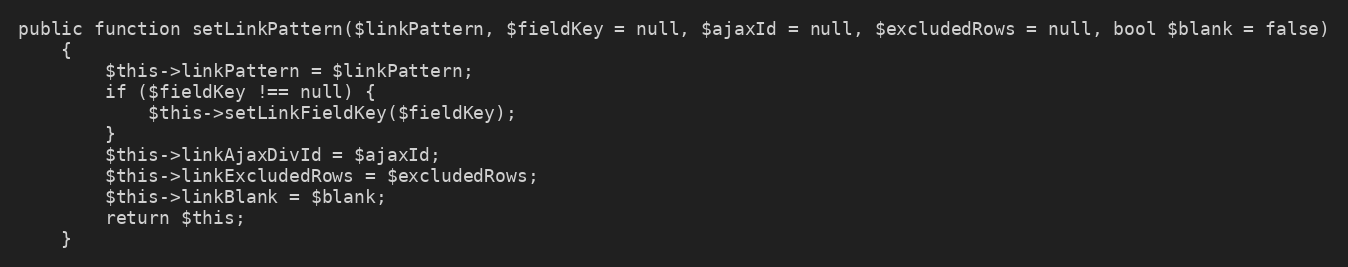
Language: PHP
public function setLinkPattern($linkPattern, $fieldKey = null, $ajaxId = null, $excludedRows = null, bool $blank = false)
    {
        $this->linkPattern = $linkPattern;
        if ($fieldKey !== null) {
            $this->setLinkFieldKey($fieldKey);
        }
        $this->linkAjaxDivId = $ajaxId;
        $this->linkExcludedRows = $excludedRows;
        $this->linkBlank = $blank;
        return $this;
    }